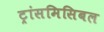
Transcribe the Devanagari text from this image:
ट्रांसमिसिबल